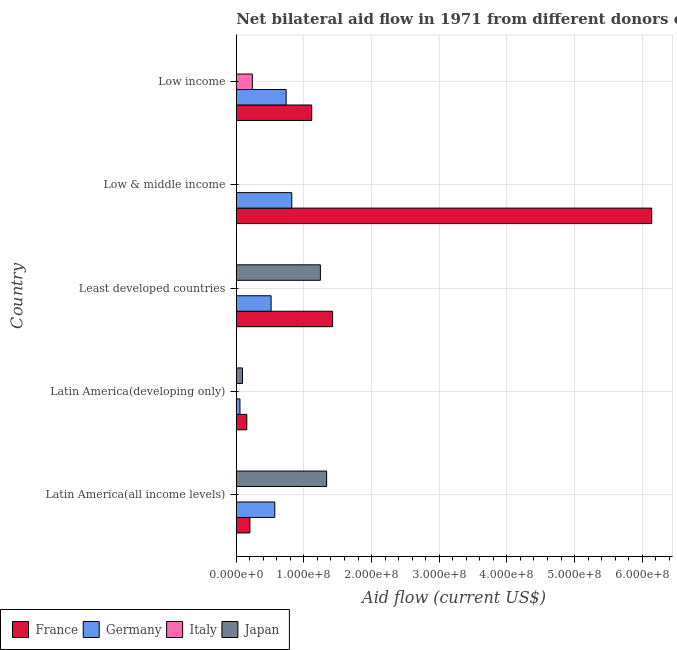
| Country | France | Germany | Italy | Japan |
 | --- | --- | --- | --- | --- |
 | Latin America(all income levels) | 2.02e+07 | 5.7e+07 | -1.7e+05 | 1.34e+08 |
 | Latin America(developing only) | 1.56e+07 | 5.48e+06 | -9.8e+05 | 9.24e+06 |
 | Least developed countries | 1.42e+08 | 5.15e+07 | -2.25e+06 | 1.24e+08 |
 | Low & middle income | 6.14e+08 | 8.21e+07 | -1.37e+06 | -1.12e+07 |
 | Low income | 1.12e+08 | 7.38e+07 | 2.38e+07 | -1.13e+07 |